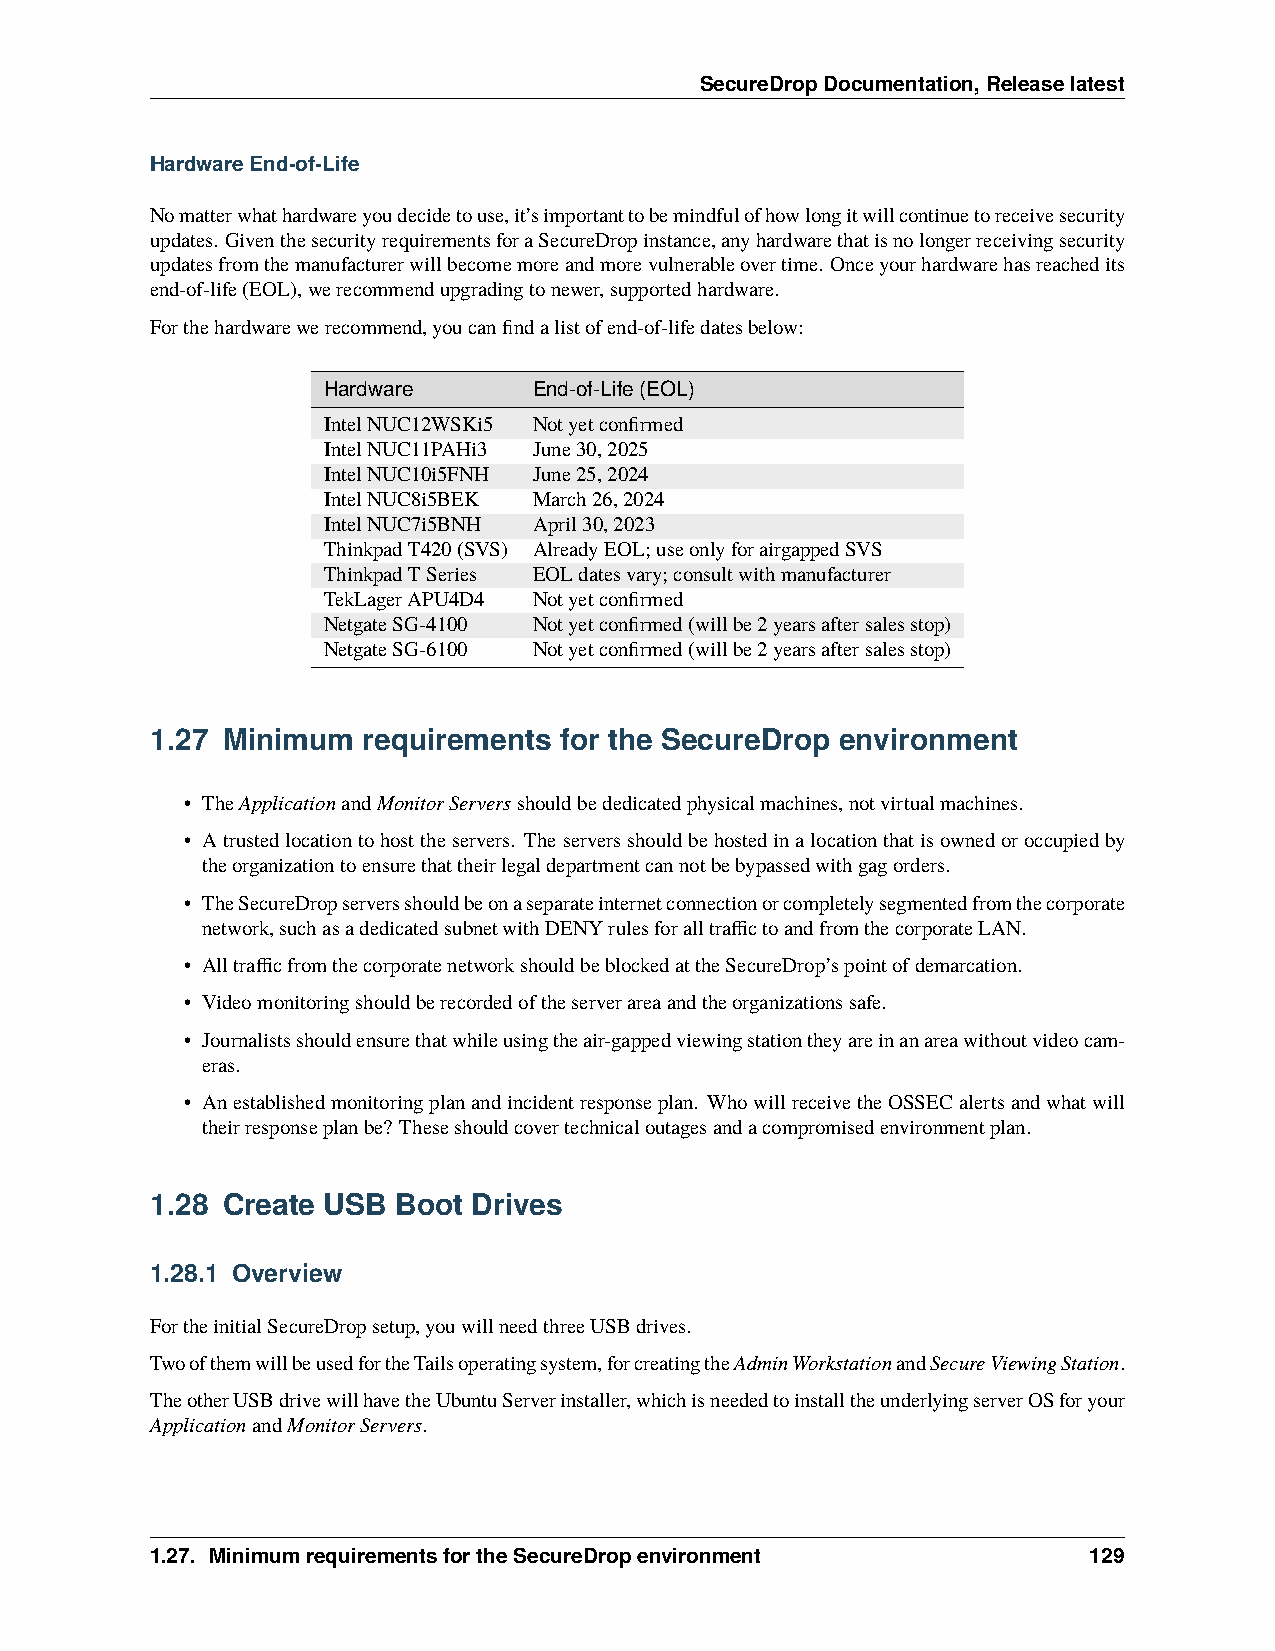
SecureDropDocumentation,Releaselatest
 HardwareEnd-of-Life
 Nomatterwhathardwareyoudecidetouse,it’simportanttobemindfulofhowlongitwillcontinuetoreceivesecurity
 updates. GiventhesecurityrequirementsforaSecureDropinstance,anyhardwarethatisnolongerreceivingsecurity
 updatesfromthemanufacturerwillbecomemoreandmorevulnerableovertime. Onceyourhardwarehasreachedits
 end-of-life(EOL),werecommendupgradingtonewer,supportedhardware.
 Forthehardwarewerecommend,youcanfindalistofend-of-lifedatesbelow:
 Hardware      End-of-Life(EOL)
 IntelNUC12WSKi5 Notyetconfirmed
 IntelNUC11PAHi3 June30,2025
 IntelNUC10i5FNH June25,2024
 IntelNUC8i5BEK March26,2024
 IntelNUC7i5BNH April30,2023
 ThinkpadT420(SVS) AlreadyEOL;useonlyforairgappedSVS
 ThinkpadTSeries EOLdatesvary;consultwithmanufacturer
 TekLagerAPU4D4 Notyetconfirmed
 NetgateSG-4100 Notyetconfirmed(willbe2yearsaftersalesstop)
 NetgateSG-6100 Notyetconfirmed(willbe2yearsaftersalesstop)
 1.27 Minimum  requirements for the SecureDrop environment
 • TheApplicationandMonitorServersshouldbededicatedphysicalmachines,notvirtualmachines.
 • Atrustedlocationtohosttheservers. Theserversshouldbehostedinalocationthatisownedoroccupiedby
 theorganizationtoensurethattheirlegaldepartmentcannotbebypassedwithgagorders.
 • TheSecureDropserversshouldbeonaseparateinternetconnectionorcompletelysegmentedfromthecorporate
 network,suchasadedicatedsubnetwithDENYrulesforalltraffictoandfromthecorporateLAN.
 • AlltrafficfromthecorporatenetworkshouldbeblockedattheSecureDrop’spointofdemarcation.
 • Videomonitoringshouldberecordedoftheserverareaandtheorganizationssafe.
 • Journalistsshouldensurethatwhileusingtheair-gappedviewingstationtheyareinanareawithoutvideocam-
 eras.
 • Anestablishedmonitoringplanandincidentresponseplan. WhowillreceivetheOSSECalertsandwhatwill
 theirresponseplanbe? Theseshouldcovertechnicaloutagesandacompromisedenvironmentplan.
 1.28 Create USB Boot Drives
 1.28.1 Overview
 FortheinitialSecureDropsetup,youwillneedthreeUSBdrives.
 TwoofthemwillbeusedfortheTailsoperatingsystem,forcreatingtheAdminWorkstationandSecureViewingStation.
 TheotherUSBdrivewillhavetheUbuntuServerinstaller,whichisneededtoinstalltheunderlyingserverOSforyour
 ApplicationandMonitorServers.
 1.27. MinimumrequirementsfortheSecureDropenvironment          129